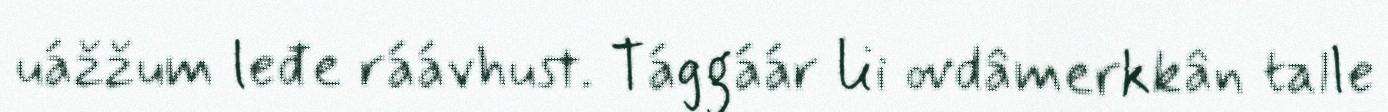
uážžum leđe ráávhust. Tággáár lii ovdâmerkkân talle